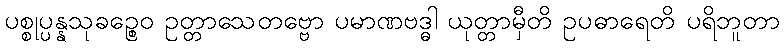
ပစ္စုပ္ပန္နသုခဉ္စေဝ ဥတ္တာသေတဗ္ဗော ပမာဏဗဒ္ဓါ ယုတ္တာမှီတိ ဥပဓာရေတိ ပရိဘူတာ